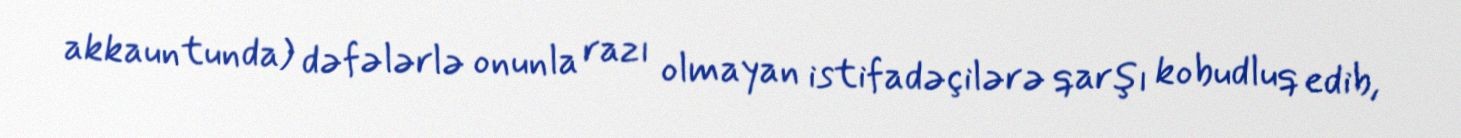
akkauntunda) dəfələrlə onunla razı olmayan istifadəçilərə qarşı kobudluq edib,